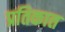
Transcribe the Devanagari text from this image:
प्रतिकात